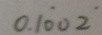
0 . 1 \dot { 0 } 0 \dot { 2 }